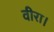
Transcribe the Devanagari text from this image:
वीरा।